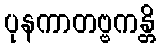
ပုနကာတဗ္ဗကန္တိ